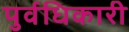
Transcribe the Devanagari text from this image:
पुर्वधिकारी